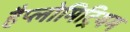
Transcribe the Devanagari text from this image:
हैप्लोमिट्रियम